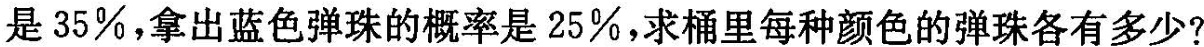
是35%，拿出蓝色弹珠的概率是25%，求桶里每种颜色的弹珠各有多少?